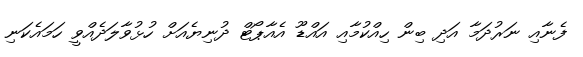
ފެނާއި ނަރުދަމާ އަދި ބިން ހިއްކުމާއި އައްޑޫ އެއާޕޯޓް ދުނިޔެއަށް ހުޅުވާލަދެއްވީ ހަމައެކަނި